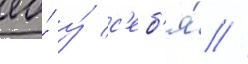
ео́ у́ с'еб'я́ //